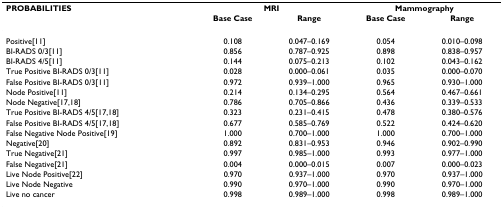
| PROBABILITIES | <COLSPAN=2> MRI | <COLSPAN=2> Mammography |
 |  | Base Case | Range | Base Case | Range |
 | --- | --- | --- | --- | --- |
 | Positive[11] | 0.108 | 0.047–0.169 | 0.054 | 0.010–0.098 |
 | BI-RADS 0/3[11] | 0.856 | 0.787–0.925 | 0.898 | 0.838–0.957 |
 | BI-RADS 4/5[11] | 0.144 | 0.075–0.213 | 0.102 | 0.043–0.162 |
 | True Positive BI-RADS 0/3[11] | 0.028 | 0.000–0.061 | 0.035 | 0.000–0.070 |
 | False Positive BI-RADS 0/3[11] | 0.972 | 0.939–1.000 | 0.965 | 0.930–1.000 |
 | Node Positive[11] | 0.214 | 0.134–0.295 | 0.564 | 0.467–0.661 |
 | Node Negative[17,18] | 0.786 | 0.705–0.866 | 0.436 | 0.339–0.533 |
 | True Positive BI-RADS 4/5[17,18] | 0.323 | 0.231–0.415 | 0.478 | 0.380–0.576 |
 | False Positive BI-RADS 4/5[17,18] | 0.677 | 0.585–0.769 | 0.522 | 0.424–0.620 |
 | False Negative Node Positive[19] | 1.000 | 0.700–1.000 | 1.000 | 0.700–1.000 |
 | Negative[20] | 0.892 | 0.831–0.953 | 0.946 | 0.902–0.990 |
 | True Negative[21] | 0.997 | 0.985–1.000 | 0.993 | 0.977–1.000 |
 | False Negative[21] | 0.004 | 0.000–0.015 | 0.007 | 0.000–0.023 |
 | Live Node Positive[22] | 0.970 | 0.937–1.000 | 0.970 | 0.937–1.000 |
 | Live Node Negative | 0.990 | 0.970–1.000 | 0.990 | 0.970–1.000 |
 | Live no cancer | 0.998 | 0.989–1.000 | 0.998 | 0.989–1.000 |